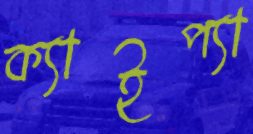
ক্যাইপ্যা